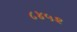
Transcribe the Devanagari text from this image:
८४५२